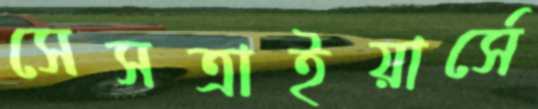
সেসত্রাইয়ার্সে